Reports on dispensaries and lunatic asylums in the Province of Oudh - 1869-1876
Year: 1869
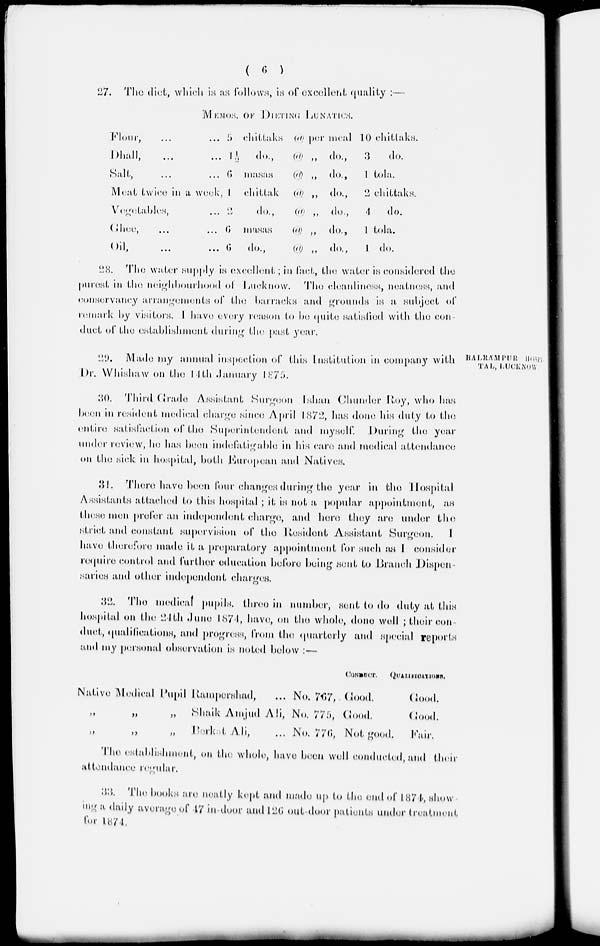
( 6 )
27. The diet, which is as follows, is of excellent quality :––
MEMOS OF DlETING LUNATICS.
Flour, ... ...
Dhall, ... ...
Salt , ... ...
Meat twice in a week,
Vegetables, ...
Ghee, ... ...
Oil, ... ...
5 chittaks
1½
do.,
6
masas
1
chittak
2 do.,
6 masas
6
do.,
(a) per meaI
(a) „
do.,
(a) „
do.,
(a) „
do.,
(a) „
do.,
(a) „
do.,
(a)
„
do.,
10
chittaks.
3
do.
1tola.
2 chittaks.
4
do.
1tola.
1do.
28. The Water supply is excellent; in fact, the water is considered the
purest in the neighbourhood of Lucknow. The cleanliness, neatness, and
conservancy arrangements of the barracks and grounds is a subject of
remark by visitors. I have every reason to be quite satisfied with the con-
duct of the establishment during the past year.
BALRAMPUR HOSPI
TAL, LUCKNOW.
29.
Made my annual inspection of this Institution in company with
Dr. Whishaw on the 14th January 1875.
30. Third Grade Assistant Surgeon Ishan Chunder Roy, who has
been in resident medical charge since April 1872, has done his duly to the
entire satisfaction of the Superintendent and myself. During the year
under review, he has been indefatigable in his care and medical attendance
on the sick in hospital, both European and Natives.
31. There have been four changes during the year in the Hospital
Assistants attached to this hospital; it is not a popular appointment., as
these men prefer an independent charge, and here they are under the
strict and constant supervision of the Resident Assistant Surgeon.
I
have therefore made it a preparatory appointment for such an I consider
require control and further education before being sent to Branch Dispen
saries and other independent charges.
32. The
medical
pupils, three in number, sent to do duty at this
hospital on the 24th June 1874, have, on the whole, done well; their con-
duct., qualifications, and progress, from the quarterly and special reports
and my personal observation is noted below : —
Native Medical Pupil Rampershad , ...
„
„
„
Shaik Amjud Ali,
„ „ „ Barkat Ali , ...
No. 767,
No. 775 ,
No. 776,
CONDUCT.
Good.
Good.
Not good
QUALIFICATIONS.
Good.
Good.
Fair.
The establishment, on the whole, have been well conducted, and their
attendance regular.
33. The books are neatly kept and made up to the end of 1874, show-
ing a daily average of 17 in door and 126 out-door patients under treatment
for 1874.